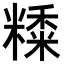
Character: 𥼄